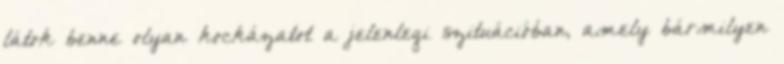
látok benne olyan kockázatot a jelenlegi szituációban, amely bármilyen